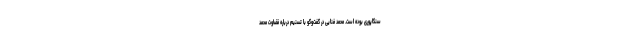
سنگاپوری بوده است. محمد فنایی در گفت‌وگو با تسنیم درباره قضاوت محمد